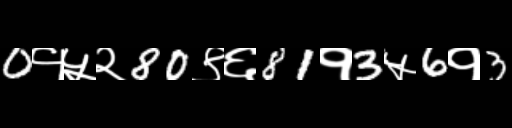
Text: 0१५२80९६81१3५6१3